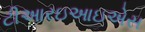
ટીઆરઇઆઇએસ